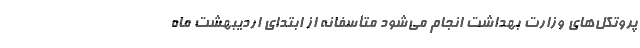
پروتکل‌های وزارت بهداشت انجام می‌شود متأسفانه از ابتدای اردیبهشت ماه